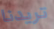
تريدنا